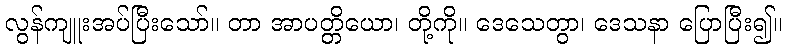
လွန်ကျူးအပ်ပြီးသော်။ တာ အာပတ္တိယော၊ တို့ကို။ ဒေသေတွာ၊ ဒေသနာ ပြောပြီး၍။